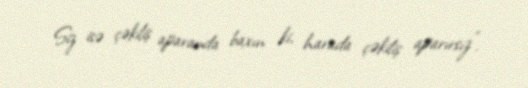
Siz isə çəkiliş aparanda baxın ki, harada çəkiliş aparırsız”.